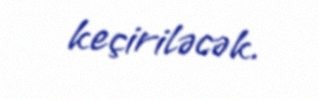
keçiriləcək.